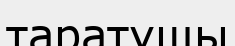
таратушы